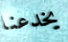
يخدعنا